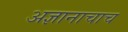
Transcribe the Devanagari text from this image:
अज्ञानाचाच